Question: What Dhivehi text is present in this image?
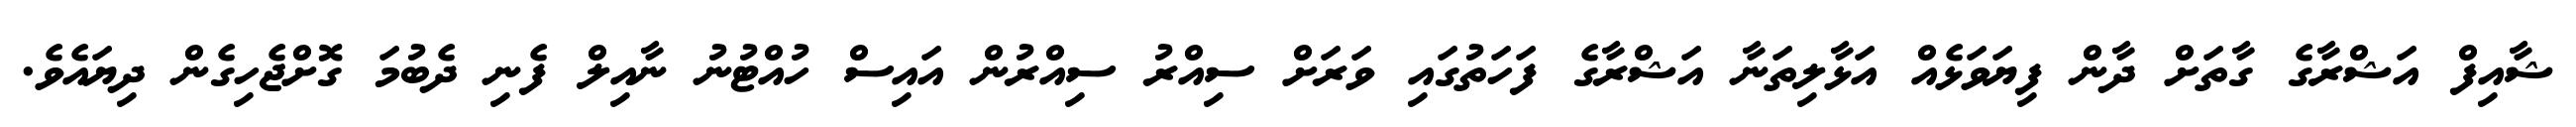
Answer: ޝާއިފް އަޝްރާގެ ގާތަށް ދާން ފިޔަވަޅެއް އަޅާލިތަނާ އަޝްރާގެ ފަހަތުގައި ވަރަށް ސިއްރު ސިއްރުން އައިސް ހުއްޓުނު ނާއިލް ފެނި ދެބުމަ ގޮށްޖެހިގެން ދިޔައެވެ.